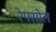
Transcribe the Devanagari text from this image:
रेपसोल